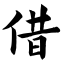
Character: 借